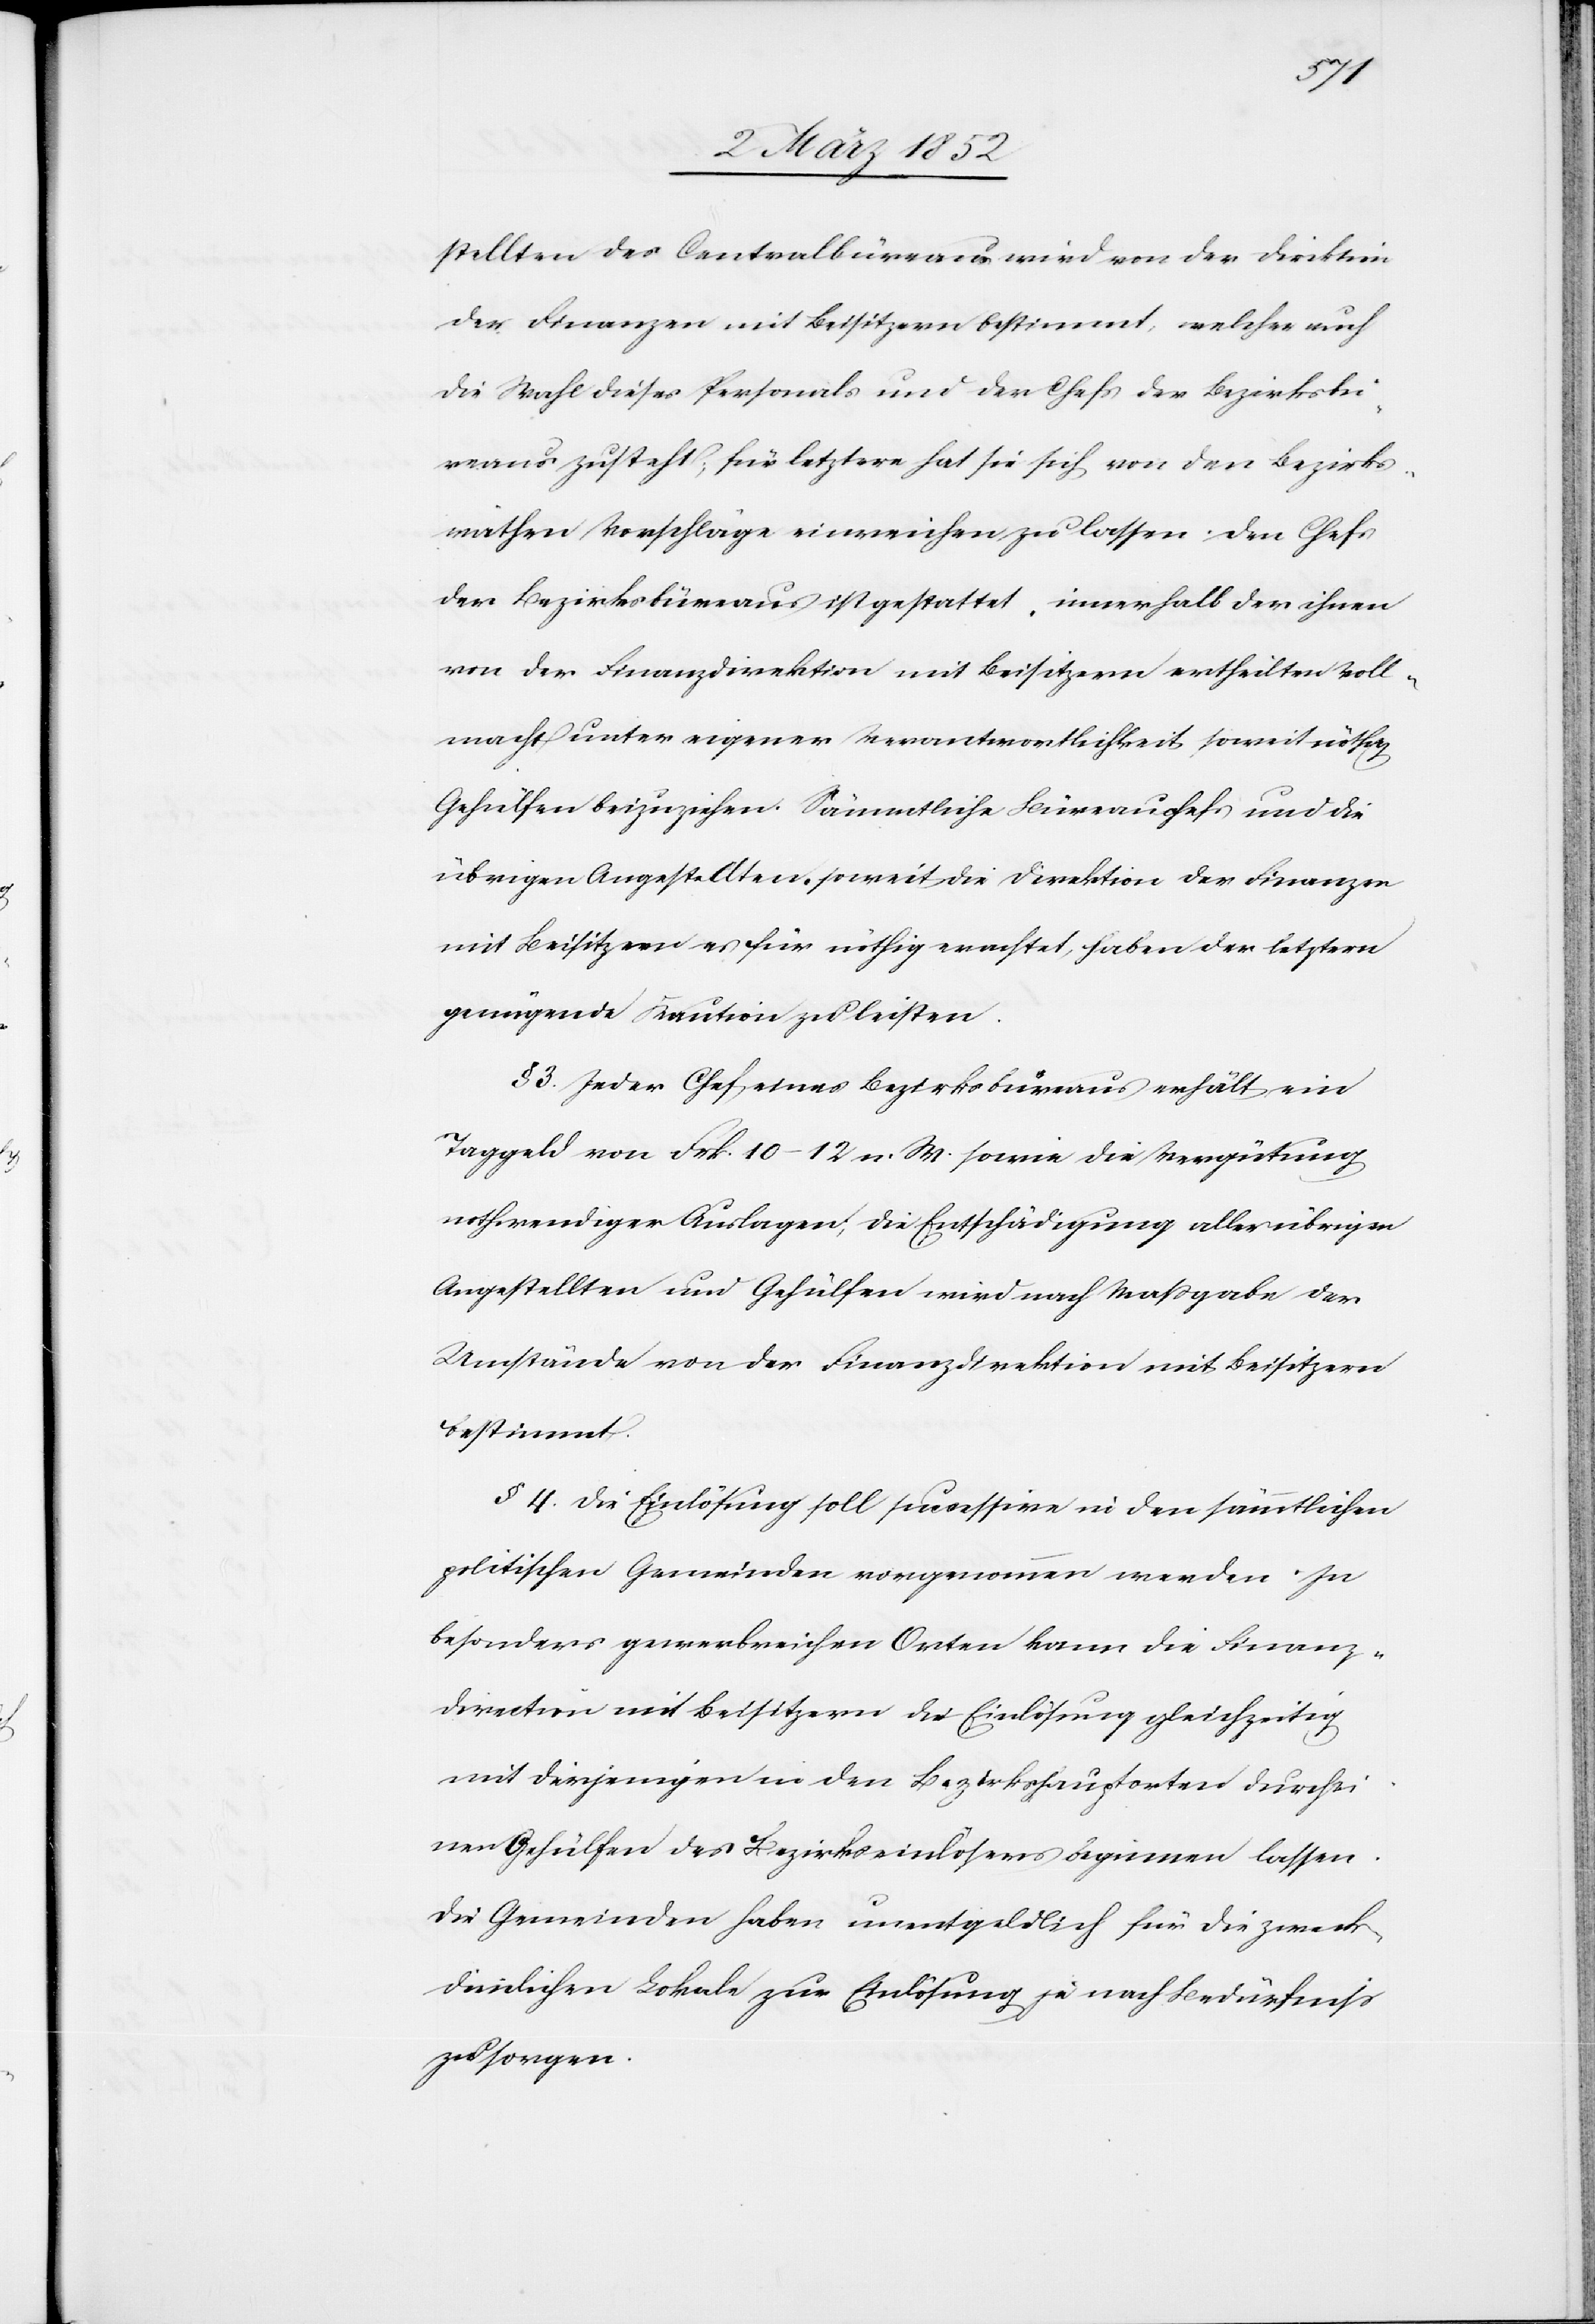
stellten des Centralbüreaus wird von der Direktion
der Finanzen mit Beisitzern bestimmt, welcher auch
die Wahl dieses Personals und der Chefs der Bezirksbü¬
reaus zusteht, für letztere hat sie sich von den Bezirks¬
räthen Vorschläge einreichen zu lassen. Den Chefs
der Bezirksbüreaus ist gestattet, innerhalb der ihnen
von der Finanzdirektion mit Beisitzern ertheilten Voll¬
macht unter eigener Verantwortlichkeit somit nöthigen
Gehülfen beizuziehen. Sämmtliche Büreauchefs und die
übrigen Angestellten, soweit die Direktion der Finanzen
mit Beisitzern es für nöthig erachtet, haben der letztern
genügende Kaution zu leisten.
§ 3. Jeder Chef eines Bezirksbüreaus erhält ein
Taggeld von Frk. 10–12 n. W. sowie die Vergütung
nothwendiger Auslagen, die Entschädigung aller übrigen
Angestellten und Gehülfen wird nach Maßgabe der
Umstände von der Finanzdirektion mit Beisitzern
bestimmt.
§ 4. Die Einlösung soll successive in den sämmtlichen
politischen Gemeinden vorgenommen werden. In
besonders gewerbreichen Orten kann die Finanz¬
direction mit Beisitzern die Einlösung gleichzeitig
mit derjenigen in den Bezirkshauptorten durch ei¬
nen Gehülfen des Bezirkseinlösers beginnen lassen.
Die Gemeinden haben unentgeldlich für die zweck¬
dienlichen Lokale zur Einlösung je nach Bedürfniß
zu sorgen.